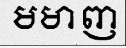
មមាញ